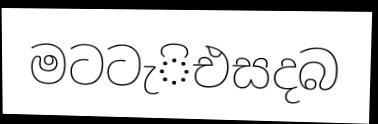
මටටැිඑසදබ